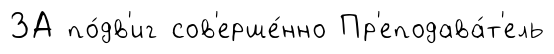
ЗА по́дв'иг сов'ерше́нно Пр'еподава́т'ель